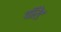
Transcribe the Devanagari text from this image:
वॉरेंट